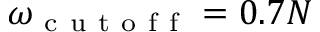
\omega _ { \mathrm { ~ c ~ u ~ t ~ o ~ f ~ f ~ } } = 0 . 7 N